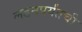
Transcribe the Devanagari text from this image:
लंडनपर्यंतची